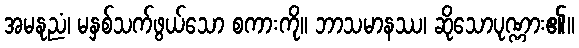
အမနုညံ၊ မနှစ်သက်ဖွယ်သော စကားကို။ ဘာသမာနဿ၊ ဆိုသောပုဏ္ဏား၏။